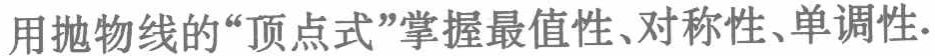
用抛物线的“顶点式”掌握最值性、对称性、单调性.